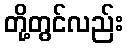
တို့တွင်လည်း